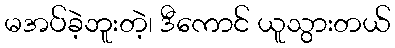
မအပ်ခဲ့ဘူးတဲ့၊ ဒီကောင် ယူသွားတယ်